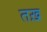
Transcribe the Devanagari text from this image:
तख़